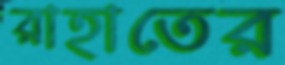
রাহাতের